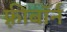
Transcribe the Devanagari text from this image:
फ़्रीबॉर्न